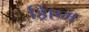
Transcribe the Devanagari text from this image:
ड्रिएम